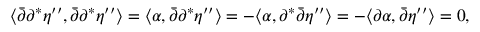
\langle { \bar { \partial } } \partial ^ { * } \eta ^ { \prime \prime } , { \bar { \partial } } \partial ^ { * } \eta ^ { \prime \prime } \rangle = \langle \alpha , { \bar { \partial } } \partial ^ { * } \eta ^ { \prime \prime } \rangle = - \langle \alpha , \partial ^ { * } { \bar { \partial } } \eta ^ { \prime \prime } \rangle = - \langle \partial \alpha , { \bar { \partial } } \eta ^ { \prime \prime } \rangle = 0 ,